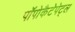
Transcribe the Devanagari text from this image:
पॉपोकैटेपेट्ल